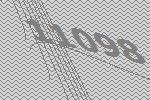
11098